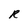
Character: R